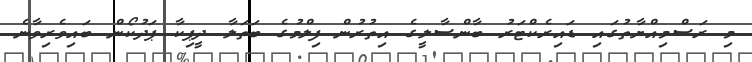
މި ރަސްމިއްޔާތުގައި ޑައިރެކްޓަރު ބާންސާލީގެ އިތުރުން ފިލްމުގެ ބަތަލާ ދީޕިކާ ޕަދުކޯން ބައިވެރިވާނެ